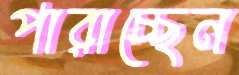
পারাচ্ছেন